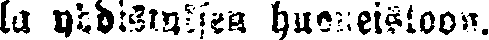
la yhdistysten huoneistoon